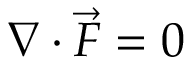
\nabla \cdot { \vec { F } } = 0